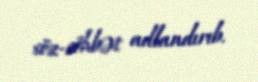
söz-söhbət adlandırıb.